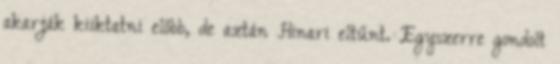
akarják kiiktatni előbb, de aztán Hinari eltűnt. Egyszerre gondolt